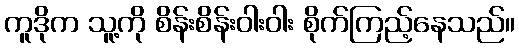
ကူဒိုက သူ့ကို စိန်းစိန်းဝါးဝါး စိုက်ကြည့်နေသည်။